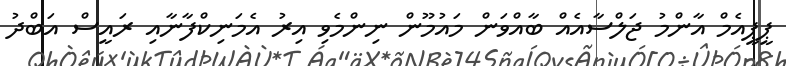
ޕީޕީއެމް އާންމު ޖަލްސާއެއް ބާއްވަން މައުމޫން ނިންމެވި އިރު އެމަނިކްފާނާއި ރައީސް އަބްދު